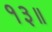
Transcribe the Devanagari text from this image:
१३॥